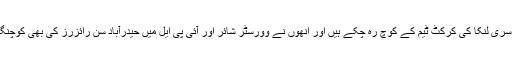
ٹام موڈی سری لنکا کی کرکٹ ٹیم کے کوچ رہ چکے ہیں اور انھوں نے وورسٹر شائر اور آئی پی ایل میں حیدرآباد سن رائزرز کی بھی کوچنگ کی ہے۔